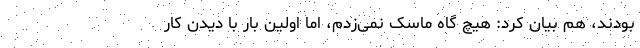
بودند، هم بیان کرد: هیچ گاه ماسک نمی‌زدم، اما اولین بار با دیدن کار